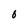
Character: O